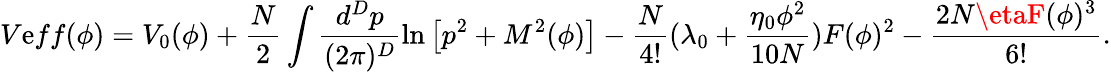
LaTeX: V\mathrm{e}ff(\phi)=V_{0}(\phi)+\frac{{N}}{{2}}\int\frac{{d^{D}p}}{{(2\pi)^{D}}}\ln\left[p^{2}+M^{2}(\phi)\right]-\frac{{N}}{{4!}}(\lambda_{0}+\frac{{\eta_{0}\phi^{2}}}{{10N}})F(\phi)^{2}-\frac{{2N\etaF(\phi)^{3}}}{{6!}}.